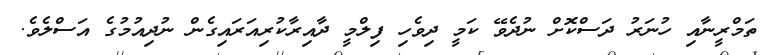
ތަމްރީނާއި ހުނަރު ދަސްކޮށް ނުދެވޭ ކަމީ ދިވެހި ފިލްމީ ދާއިރާކުރިއަރައިގެން ނުދިއުމުގެ އަސްލެވެ.